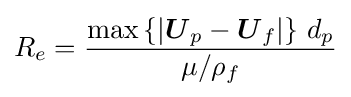
R_{e}={\frac {\max \left\{\left|{\boldsymbol {U}}_{p}-{\boldsymbol {U}}_{f}\right|\right\}\,d_{p}}{\mu /\rho _{f}}}